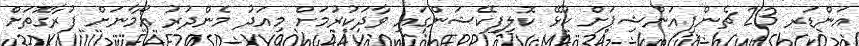
އަންޑަރ 23 ޗެންޕިއަންޝިޕަށް ކުޅޭ ކޮލިފިކޭޝަންގައި ވާދަކުރުމަށް މިއަދު މެންދުރު އޯމާނަށް ފުރާގޮތަށް